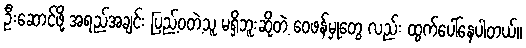
ဦးဆောင်ဖို့ အရည်အချင်း ပြည့်ဝတဲ့သူ မရှိဘူးဆိုတဲ့ ဝေဖန်မှုတွေ လည်း ထွက်ပေါ်နေပါတယ်။